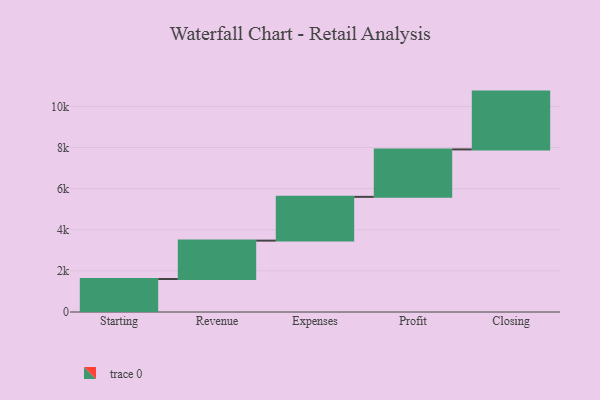
{"axis": {"x": "Step", "y": "Value"}, "legend": [""], "data": [{"x": "Starting", "y": 1606.0, "type": ""}, {"x": "Revenue", "y": 1866.0, "type": ""}, {"x": "Expenses", "y": 2129.0, "type": ""}, {"x": "Profit", "y": 2307.0, "type": ""}, {"x": "Closing", "y": 2812.0, "type": ""}]}